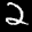
Label: 2